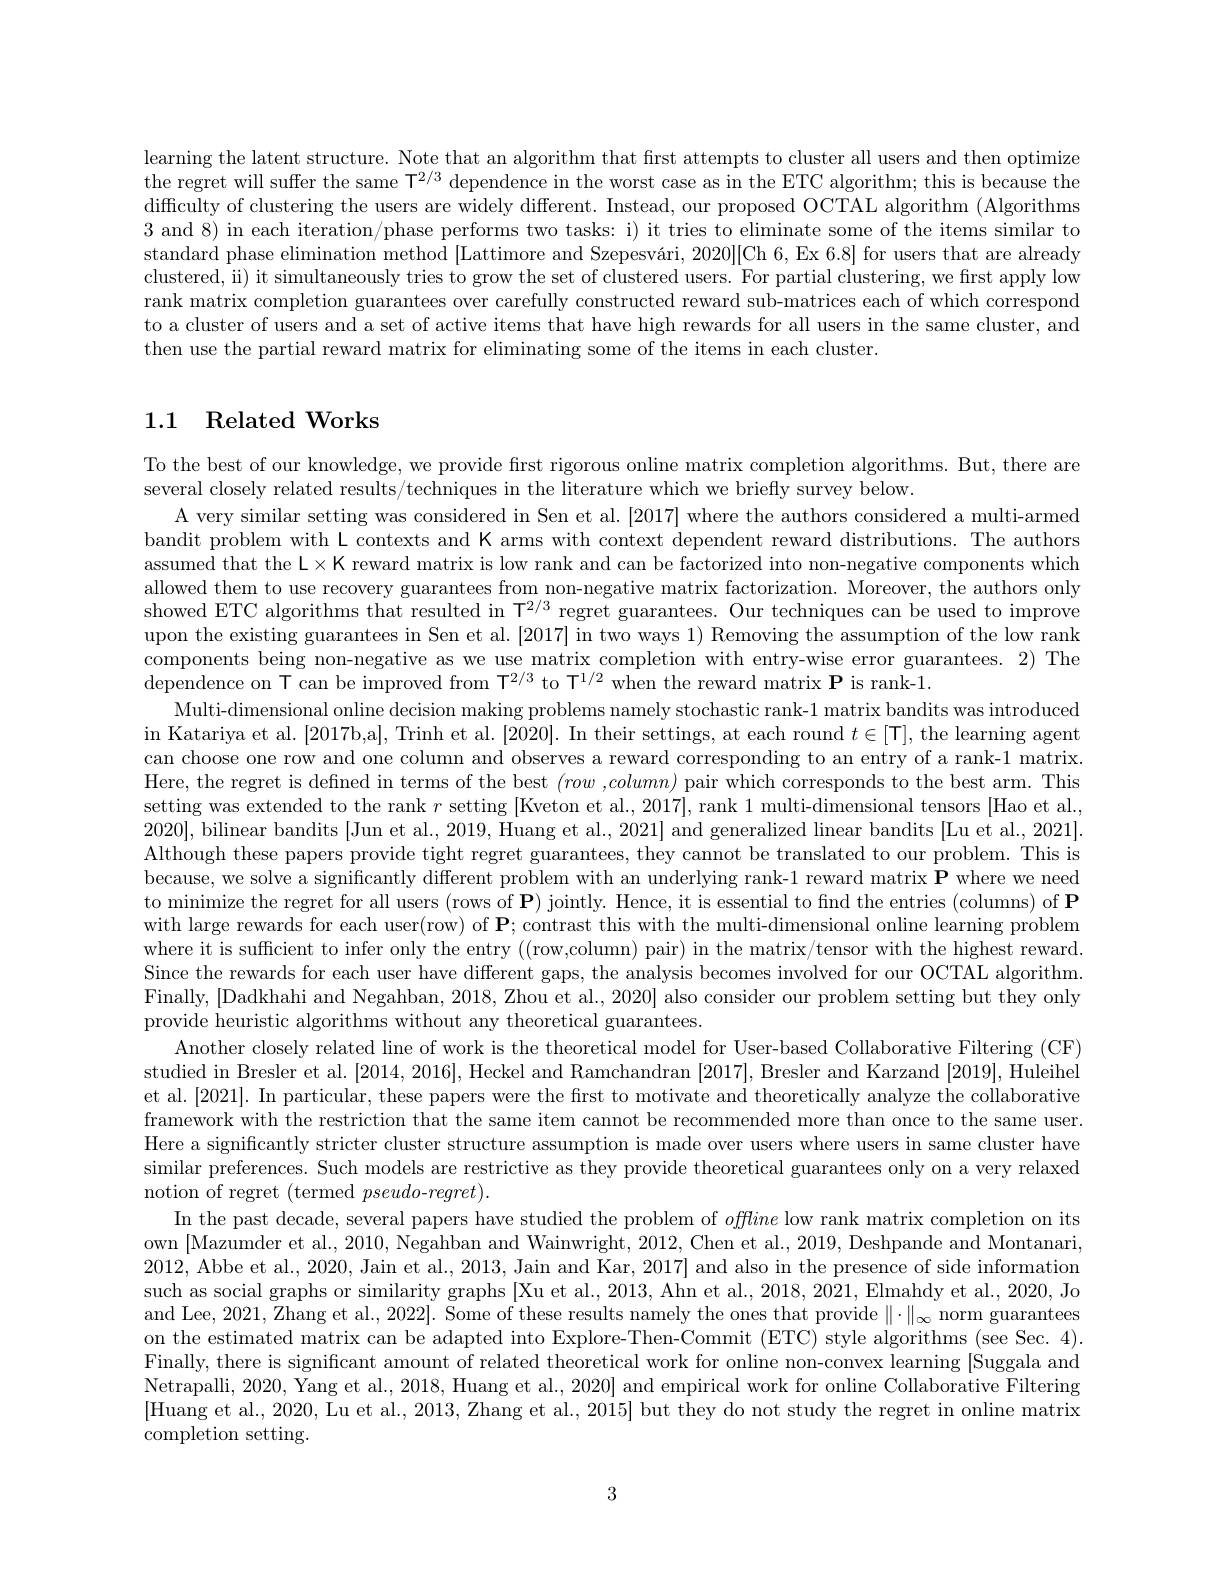
learning the latent structure. Note that an algorithm that first attempts to cluster all users and then optimize the regret will suffer the same $\mathsf T^{2/3}$ dependence in the worst case as in the ETC algorithm; this is because the difficulty of clustering the users are widely different. Instead, our proposed OCTAL algorithm (Algorithms 3 and 8) in each iteration/phase performs two tasks: i) it tries to eliminate some of the items similar to standard phase elimination method [Lattimore and Szepesvári, 2020][Ch 6, Ex 6.8] for users that are already clustered, ii) it simultaneously tries to grow the set of clustered users. For partial clustering, we frst apply low rank matrix completion guarantees over carefully constructed reward sub-matrices each of which correspond to a cluster of users and a set of active items that have high rewards for all users in the same cluster, and then use the partial reward matrix for eliminating some of the items in each cluster.

## 1.1 Related Works

To the best of our knowledge, we provide first rigorous online matrix completion algorithms. But, there are
several closely related results/techniques in the literature which we briefly survey below.
A very similar setting was considered in Sen et al. [2017] where the authors considered a multi-armed bandit problem with L contexts and K arms with context dependent reward distributions. The authors assumed that the L$\times$K reward matrix is low rank and can be factorized into non-negative components which allowed them to use recovery guarantees from non-negative matrix factorization. Moreover, the authors only showed ETC algorithms that resulted in $\mathsf{T}^{2/3}$ regret guarantees. Our techniques can be used to improve upon the existing guarantees in Sen et al.[2017] in two ways 1) Removing the assumption of the low rank components being non-negative as we use matrix completion with entry-wise error guarantees. 2) The $\dot{\text{dependence on T can be improved from T}^{2/3}}$to T$^1/2$when the reward matrix P is rank-1.
Multi-dimensional online decision making problems namely stochastic rank-1 matrix bandits was introduced in Katariya et al. [2017b,a], Trinh et al. [2020]. In their settings, at each round $t\in[\mathsf{T}]$, the learning agent can choose one row and one column and observes a reward corresponding to an entry of a rank-1 matrix. Here, the regret is defined in terms of the best $(row$ ,column) pair which corresponds to the best arm. This setting was extended to the rank $r$ setting [Kveton et al., 2017], rank 1 multi-dimensional tensors [Hao et al., 2020], bilinear bandits [Jun et al., 2019, Huang et al., 2021] and generalized linear bandits [Lu et al., 2021]. Although these papers provide tight regret guarantees, they cannot be translated to our problem. This is because, we solve a significantly different problem with an underlying rank-1 reward matrix $\mathbf{P}$ where we need to minimize the regret for all users (rows of P) jointly. Hence, it is essential to find the entries (columns) of $\mathbf{P}$ with large rewards for each user(row) of $\mathbf{P};$ contrast this with the multi-dimensional online learning problem where it is sufficient to infer only the entry ((row,column) pair) in the matrix/tensor with the highest reward. Since the rewards for each user have different gaps, the analysis becomes involved for our OCTAL algorithm. Finally, [Dadkhahi and Negahban, 2018, Zhou et al., 2020] also consider our problem setting but they only provide heuristic algorithms without any theoretical guarantees.
Another closely related line of work is the theoretical model for User-based Collaborative Filtering (CF) studied in Bresler et al. [2014, 2016], Heckel and Ramchandran [2017], Bresler and Karzand [2019], Huleihel et al. [2021]. In particular, these papers were the first to motivate and theoretically analyze the collaborative framework with the restriction that the same item cannot be recommended more than once to the same user. Here a significantly stricter cluster structure assumption is made over users where users in same cluster have similar preferences. Such models are restrictive as they provide theoretical guarantees only on a very relaxed notion of regret (termed pseudo-$regret).$
In the past decade, several papers have studied the problem of offtine low rank matrix completion on its own [Mazumder et al., 2010, Negahban and Wainwright, 2012, Chen et al., 2019, Deshpande and Montanari, 2012, Abbe et al., 2020, Jain et al., 2013, Jain and Kar, 2017] and also in the presence of side information such as social graphs or similarity graphs [Xu et al., 2013, Ahn et al., 2018, 2021, Elmahdy et al., 2020, Jo and Lee, 2021, Zhang et al., 2022]. Some of these results namely the ones that provide $\|\cdot\|_\infty$ norm guarantees on the estimated matrix can be adapted into Explore- Then-Commit (ETC) style algorithms (see Sec. 4). Finally, there is significant amount of related theoretical work for online non-convex learning [Suggala and Netrapalli, 2020, Yang et al., 2018, Huang et al., 2020] and empirical work for online Collaborative Filtering [Huang et al., 2020, Lu et al., 2013, Zhang et al., 2015] but they do not study the regret in online matrix completion setting.

3